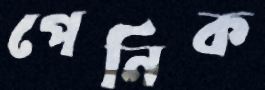
পেনিক